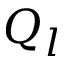
Q _ { l }